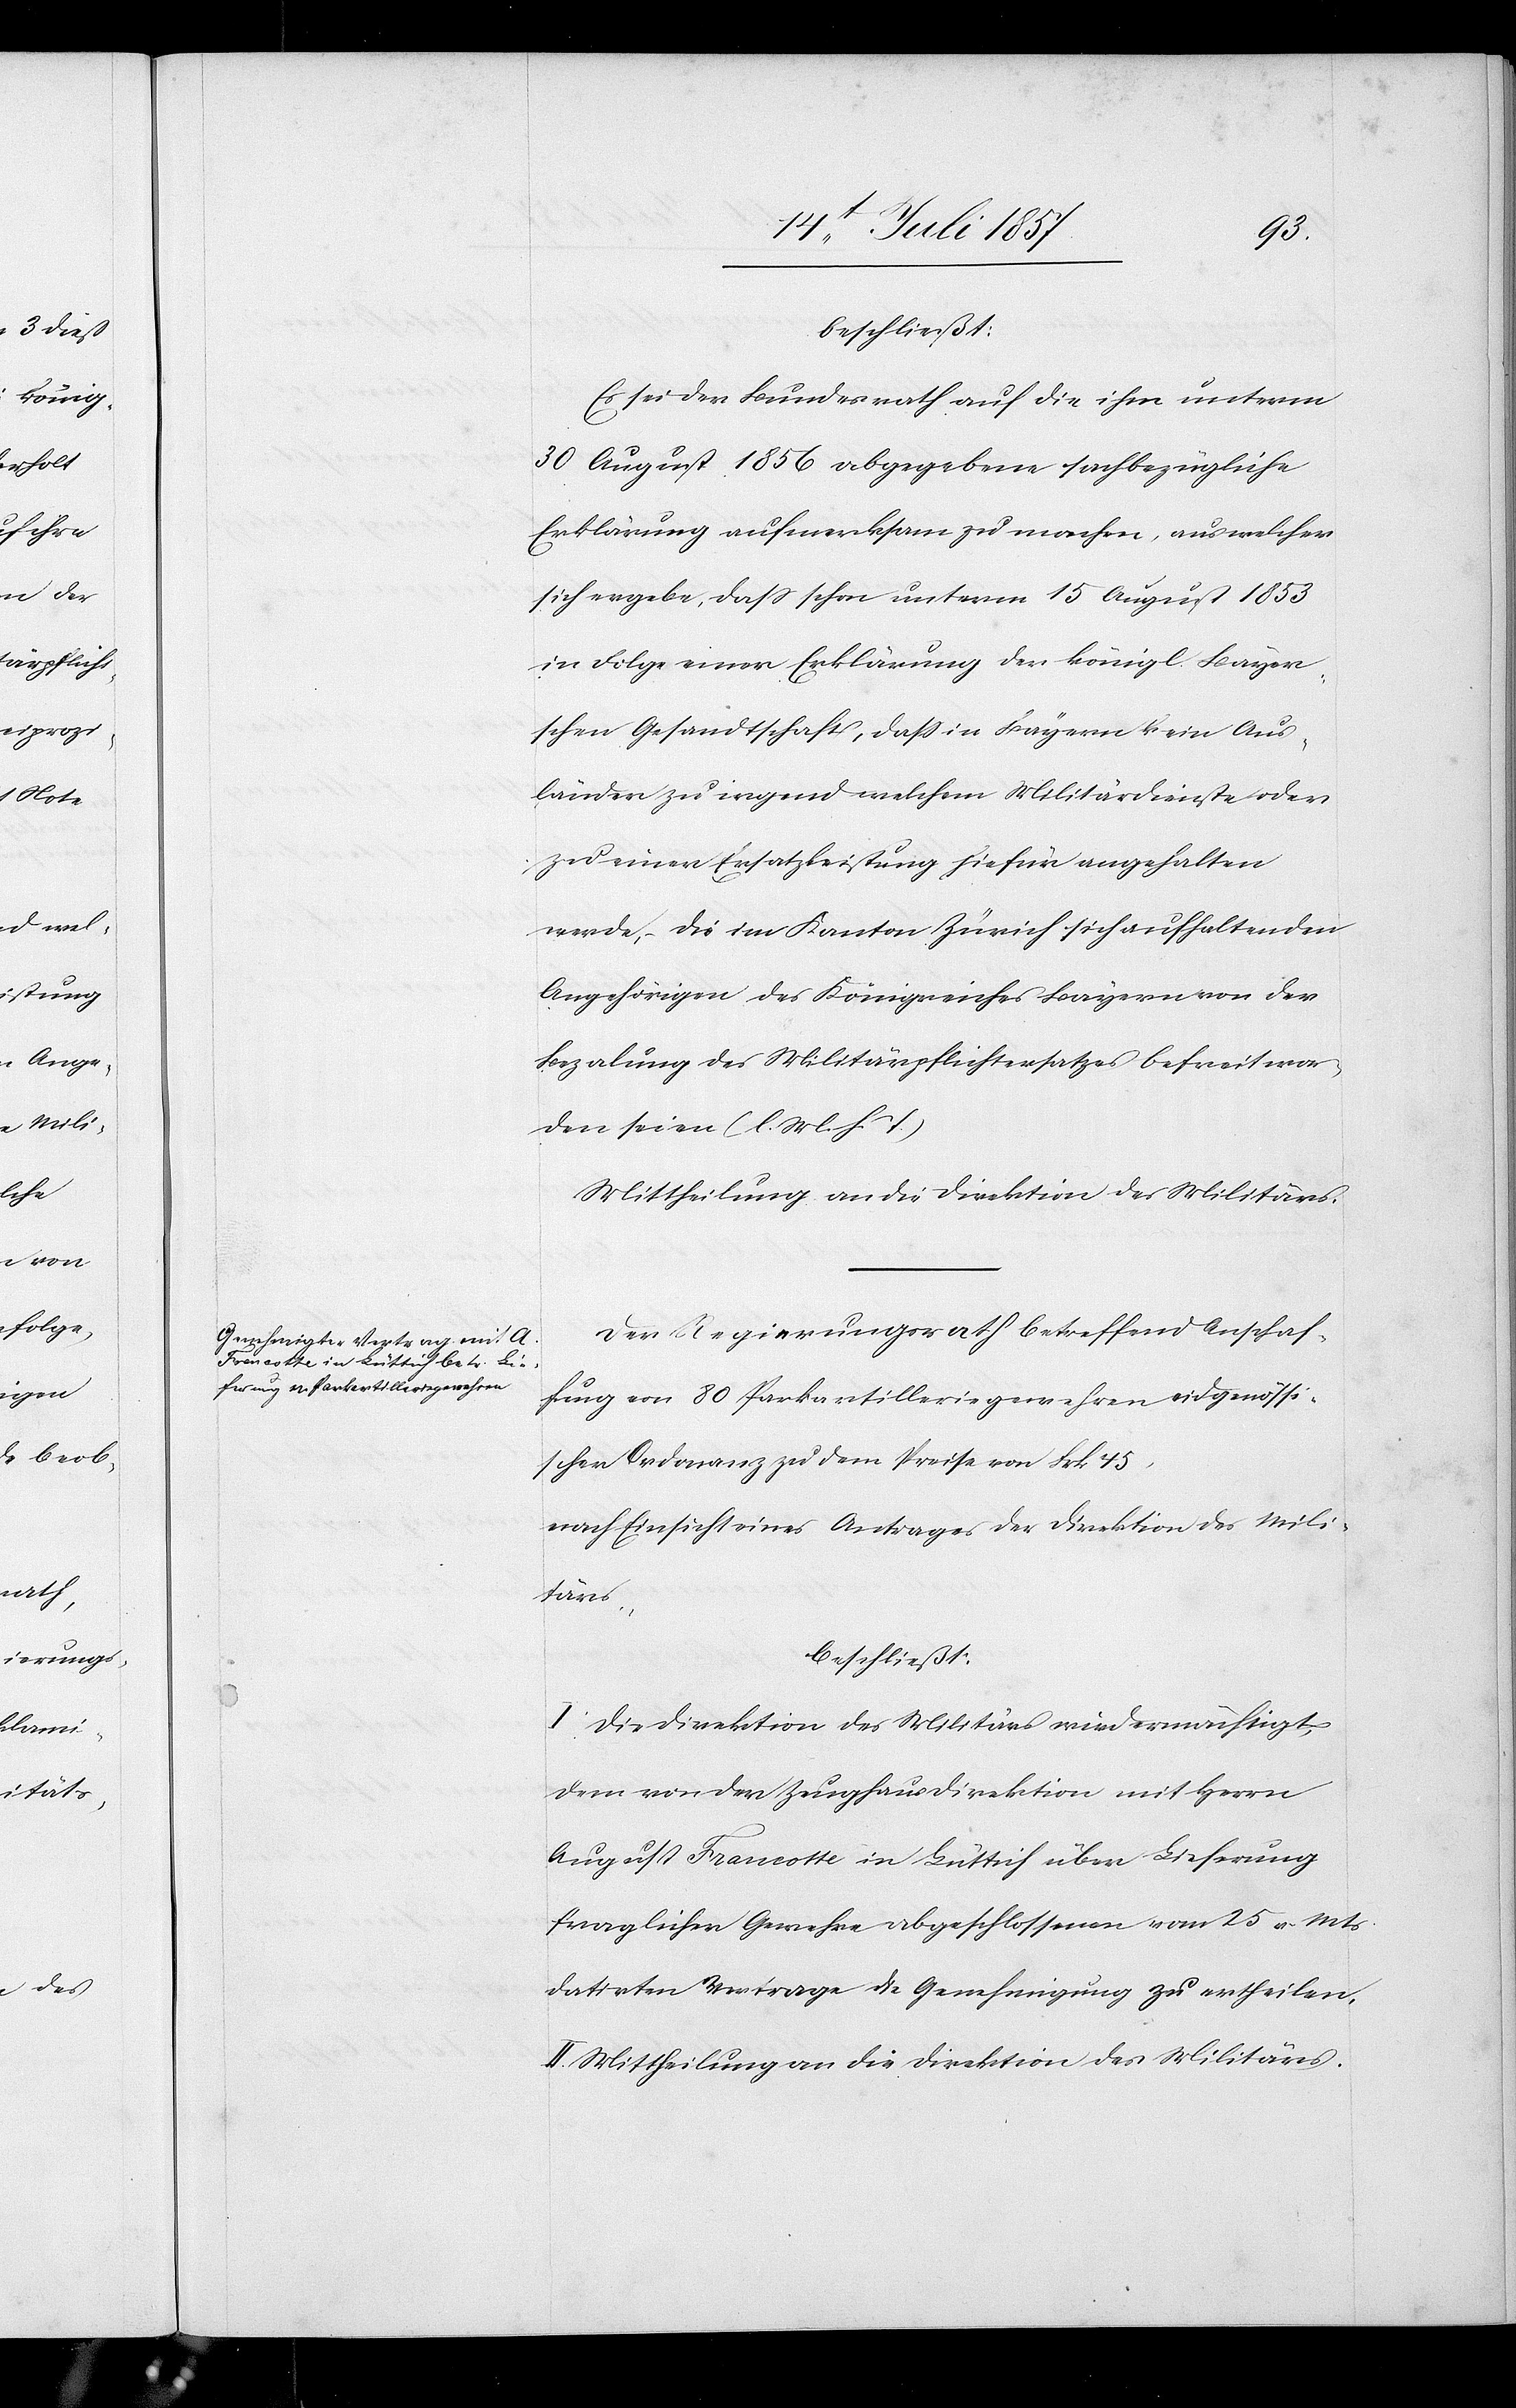
beschließt:
Es sei der Bundesrath auf die ihm unterm
30 August 1856 abgegebene sachbezügliche
Erklärung aufmerksam zu machen, aus welcher
sich ergebe, daß schon unterm 15 August 1853
in Folge einer Erklärung der könig. Bayer¬
schen Gesandtschaft, daß in Bayern kein Aus¬
länder zu irgend welchem Militärdienste oder
zu einer Ersatzleistung hiefür angehalten
werde, – die im Kanton Zürich sich aufhaltenden
Angehörigen des Königreiches Bayern von der
Bezalung des Militärpflichtersatzes befreit wor¬
den seien. [l. M. h. T]
Der Regierungsrath betreffend Anschaf¬
fung an 80 Parkartilleriegewehren eidgenössi¬
scher Ordonanz zu dem Preise von Frk. 45,
nach Einsicht eines Antrages der Direktion des Mili¬
tärs,
beschließt:
I. Die Direktion des Militärs wird ermächtigt,
dem von der Zeughausdirektion mit Herrn
August Francotte in Lüttich über Lieferung
fraglicher Gewehre abgeschlossenen vom 25 v. Mts.
datirten Vertrage die Genehmigung zu ertheilen.
II. Mittheilung an die Direktion des Militärs.